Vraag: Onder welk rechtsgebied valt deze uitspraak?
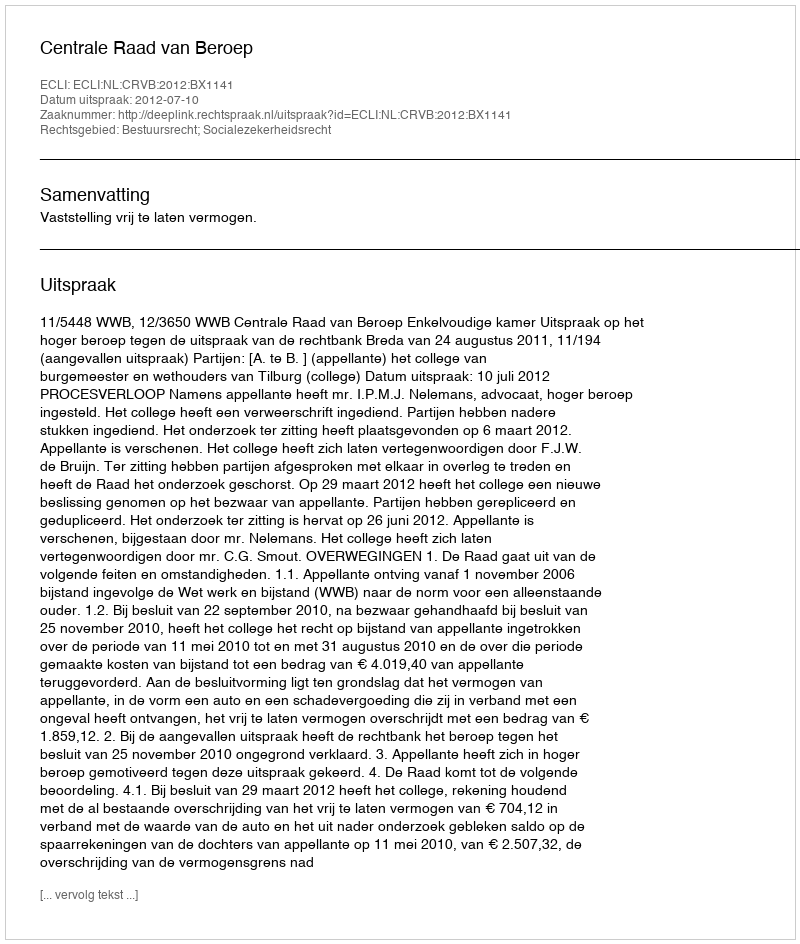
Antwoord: Bestuursrecht; Socialezekerheidsrecht